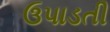
ઉપાડતી